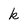
Character: k